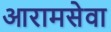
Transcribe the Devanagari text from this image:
आरामसेवा